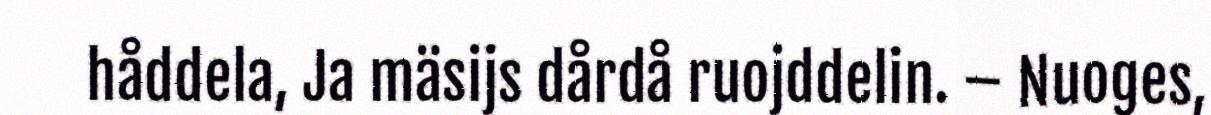
håddela, Ja mäsijs dårdå ruojddelin. – Nuoges,